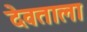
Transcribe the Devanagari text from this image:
देवताला